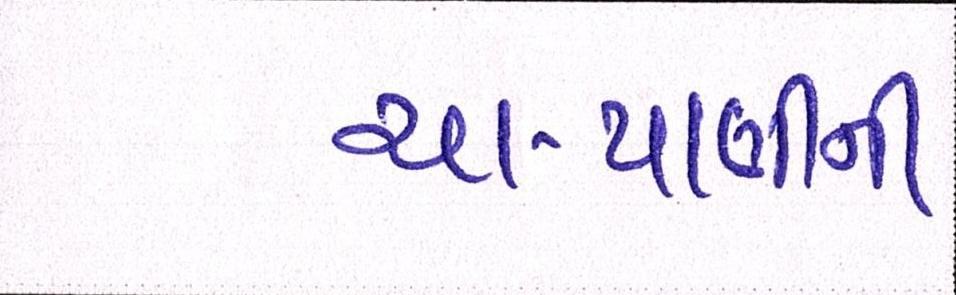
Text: ચા-પાણીની